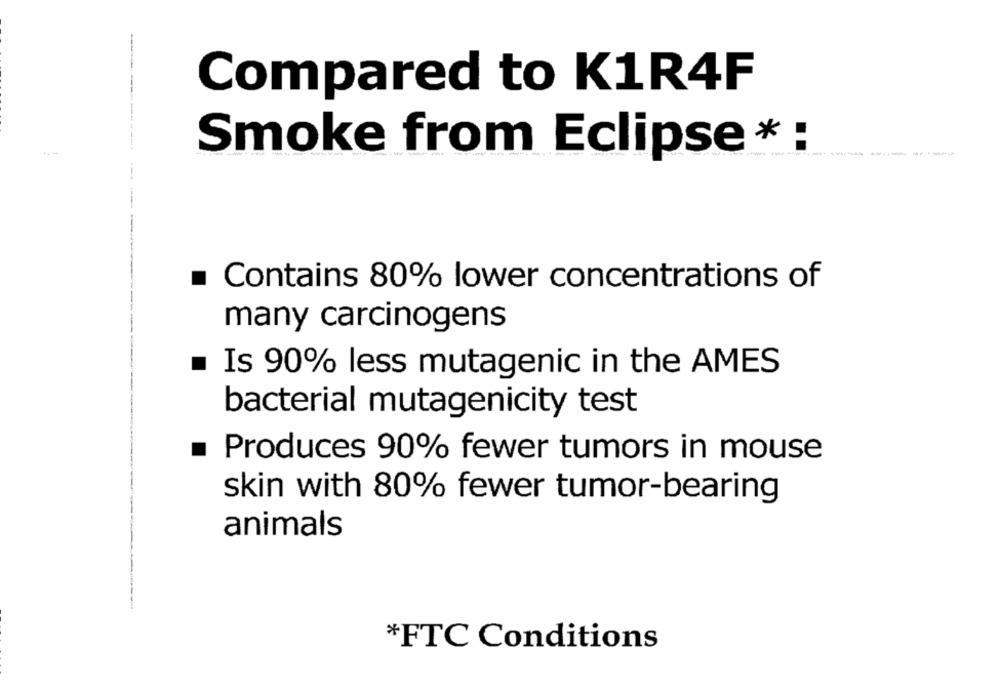
-
Compared to K1R4F
Smoke from Eclipse * :
------
Contains 80% lower concentrations of
many carcinogens
Is 90% less mutagenic in the AMES
bacterial mutagenicity test
.
Produces 90% fewer tumors in mouse
skin with 80% fewer tumor-bearing
animals
*FTC Conditions